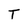
Character: T